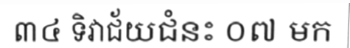
៣៤ ទិវាជ័យជំនះ ០៧ មក